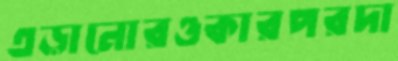
এড়ানোরওকারপরদা